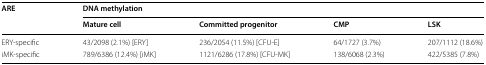
<table><thead><tr><td rowspan="2"><b>ARE</b></td><td colspan="4"><b>DNA methylation</b></td></tr><tr><td><b>Mature cell</b></td><td><b>Committed progenitor</b></td><td><b>CMP</b></td><td><b>LSK</b></td></tr></thead><tbody><tr><td>ERY-specific</td><td>43/2098 (2.1%) [ERY]</td><td>236/2054 (11.5%) [CFU-E]</td><td>64/1727 (3.7%)</td><td>207/1112 (18.6%)</td></tr><tr><td>iMK-specific</td><td>789/6386 (12.4%) [iMK]</td><td>1121/6286 (17.8%) [CFU-MK]</td><td>138/6068 (2.3%)</td><td>422/5385 (7.8%)</td></tr></tbody></table>